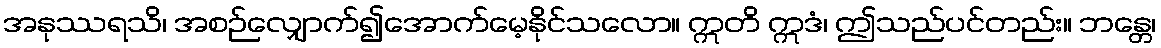
အနုဿရသိ၊ အစဉ်လျှောက်၍အောက်မေ့နိုင်သလော။ ဣတိ ဣဒံ၊ ဤသည်ပင်တည်း။ ဘန္တေ၊